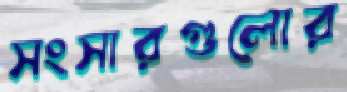
সংসারগুলোর